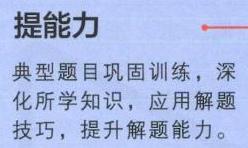
提能力
典型题目巩固训练，深化所学知识，应用解题技巧，提升解题能力。